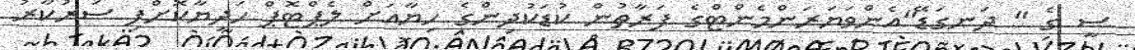
ސީ ގެ " ދަނގަޑޭ"އެންވަޔަރަންމެންޓްގެ ފަރާތުން ކުޑަކުދިންގެ ހިޔާއަށް ލެޕްޓޮޕް ހަދިޔާކޮށްފި ސަރުކާރު